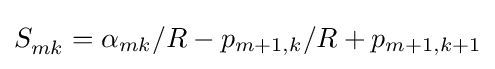
S_{mk}^{}=\alpha _{mk}/R-p_{m+1,k}/R+p_{m+1,k+1}